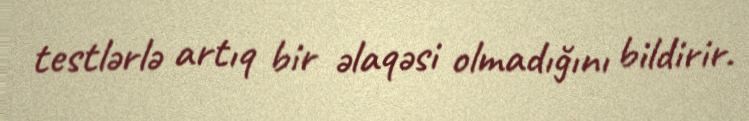
testlərlə artıq bir əlaqəsi olmadığını bildirir.